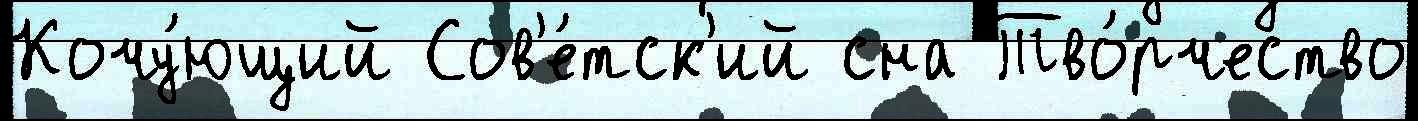
Кочу́ющий Сов'е́тск'ий сна Тво́рчество